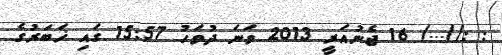
: ://.../ 16 ޖެނުއަރީ 2013 ވަނަ ދުވަހު 15:57 ގައި ޚަބަރުގެ